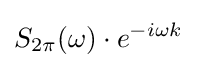
S_{2\pi }(\omega )\cdot e^{-i\omega k}